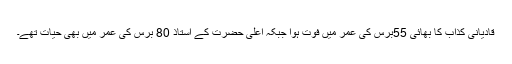
قادیانی کذاب کا بھائی 55برس کی عمر میں فوت ہوا جبکہ اعلیٰ حضرت کے استاذ 80 برس کی عمر میں بھی حیات تھے۔